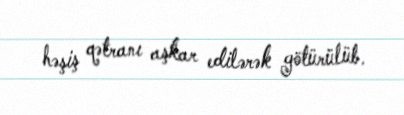
həşiş qətranı aşkar edilərək götürülüb.